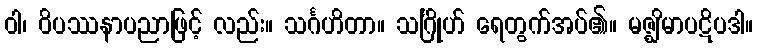
ဝါ၊ ဝိပဿနာပညာဖြင့် လည်း။ သင်္ဂဟိတာ။ သင်္ဂြိုဟ် ရေတွက်အပ်၏။ မဇ္ဈိမာပဋိပဒါ။